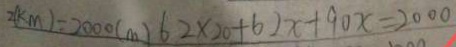
2 ( k m ) = 2 0 0 0 ( m ) 6 2 \times 2 0 + 6 2 x + 9 0 x = 2 0 0 0